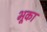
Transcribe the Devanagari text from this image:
भूका